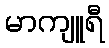
မာကျူရီ